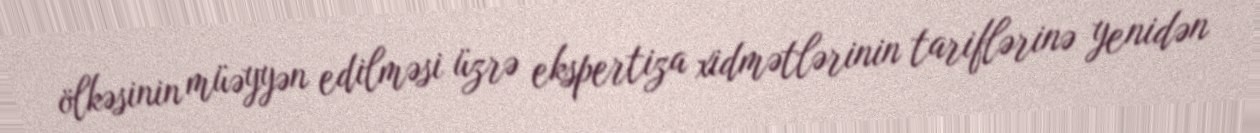
ölkəsinin müəyyən edilməsi üzrə ekspertiza xidmətlərinin tariflərinə yenidən